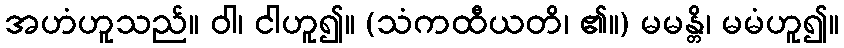
အဟံဟူသည်။ ဝါ၊ ငါဟူ၍။ (သံကထီယတိ၊ ၏။) မမန္တိ၊ မမံဟူ၍။